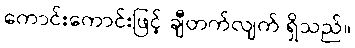
ကောင်းကောင်းဖြင့် ချီတက်လျက် ရှိသည်။